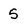
Character: 5